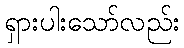
ရှားပါးသော်လည်း